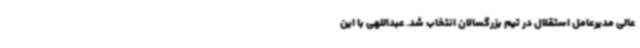
عالی مدیرعامل استقلال در تیم بزرگسالان انتخاب شد. عبداللهی با این